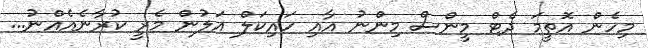
މިހެން އޮތީމަ ދެޓް މީންސް މިންނު އާއި ހައިކަލް އަލުން މެރީ ކުރާނެއެއްނު...